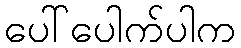
ပေါ်ပေါက်ပါက